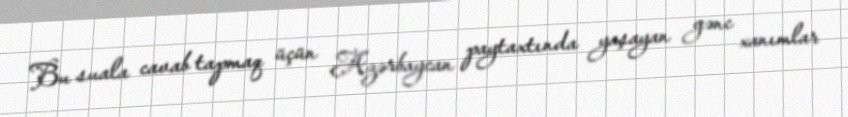
Bu suala cavab tapmaq üçün Azərbaycan paytaxtında yaşayan gənc xanımlar